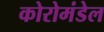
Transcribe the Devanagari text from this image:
कोरोमंडेल